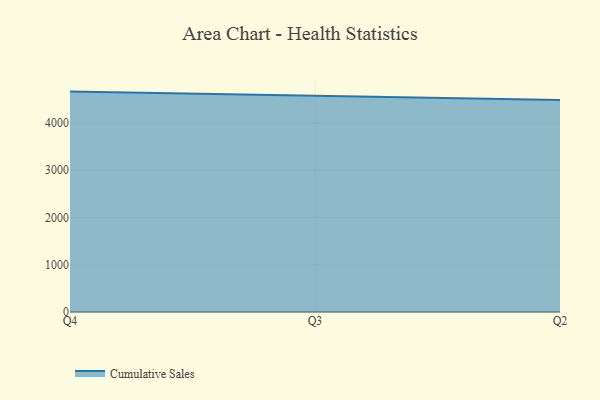
{"axis": {"x": "Quarter", "y": "Website Visitors"}, "legend": ["Cumulative Sales"], "data": [{"x": "Q4", "y": 4665.1, "type": "Cumulative Sales"}, {"x": "Q3", "y": 4578.0, "type": "Cumulative Sales"}, {"x": "Q2", "y": 4485.4, "type": "Cumulative Sales"}]}